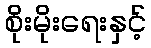
စိုးမိုးရေးနှင့်